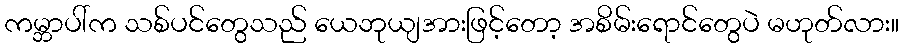
ကမ္ဘာပါ်က သစ်ပင်တွေသည် ယေဘုယျအားဖြင့်တော့ အစိမ်းရောင်တွေပဲ မဟုတ်လား။